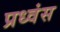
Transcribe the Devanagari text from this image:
प्रध्वंस